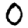
Digit: 0